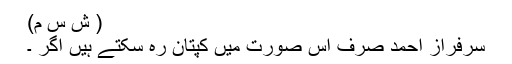
( ش س م)
سرفراز احمد صرف اس صورت میں کپتان رہ سکتے ہیں اگر ۔